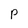
Character: P